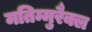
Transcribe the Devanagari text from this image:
मतिम्मुरैक्ल